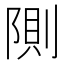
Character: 𲉘